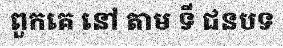
ពួកគេ នៅ តាម ទី ជនបទ